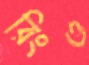
রিংও